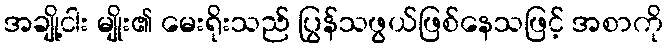
အချို့ငါး မျိုး၏ မေးရိုးသည် ပြွန်သဖွယ်ဖြစ်နေသဖြင့် အစာကို